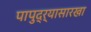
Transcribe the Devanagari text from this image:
पापुद्र्यासारखा